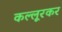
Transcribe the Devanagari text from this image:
कल्लूरकर